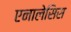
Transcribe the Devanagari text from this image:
एनालेसिस